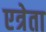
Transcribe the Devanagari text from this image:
एत्रेता